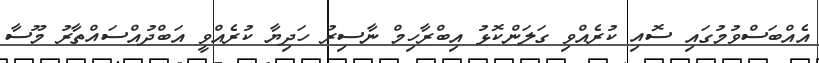
އެއްބަސްވުމުގައި ސޮއި ކުރެއްވި ގަލަންކޮޅު އިބްރާހިމް ނާސިރު ހަދިޔާ ކުރެއްވީ އަބްދުއްސައްތާރު މޫސާ